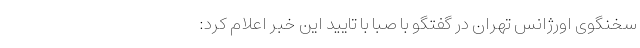
سخنگوی اورژانس تهران در گفتگو با صبا با تایید این خبر اعلام کرد: